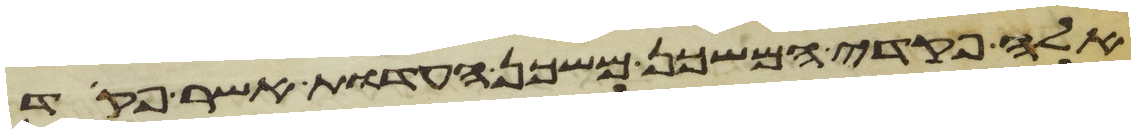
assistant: אלה פקדי המשכן משכן העדות אשר פקד